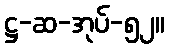
ဋ္ဌ-ဆ-အုပ်-၅၂။